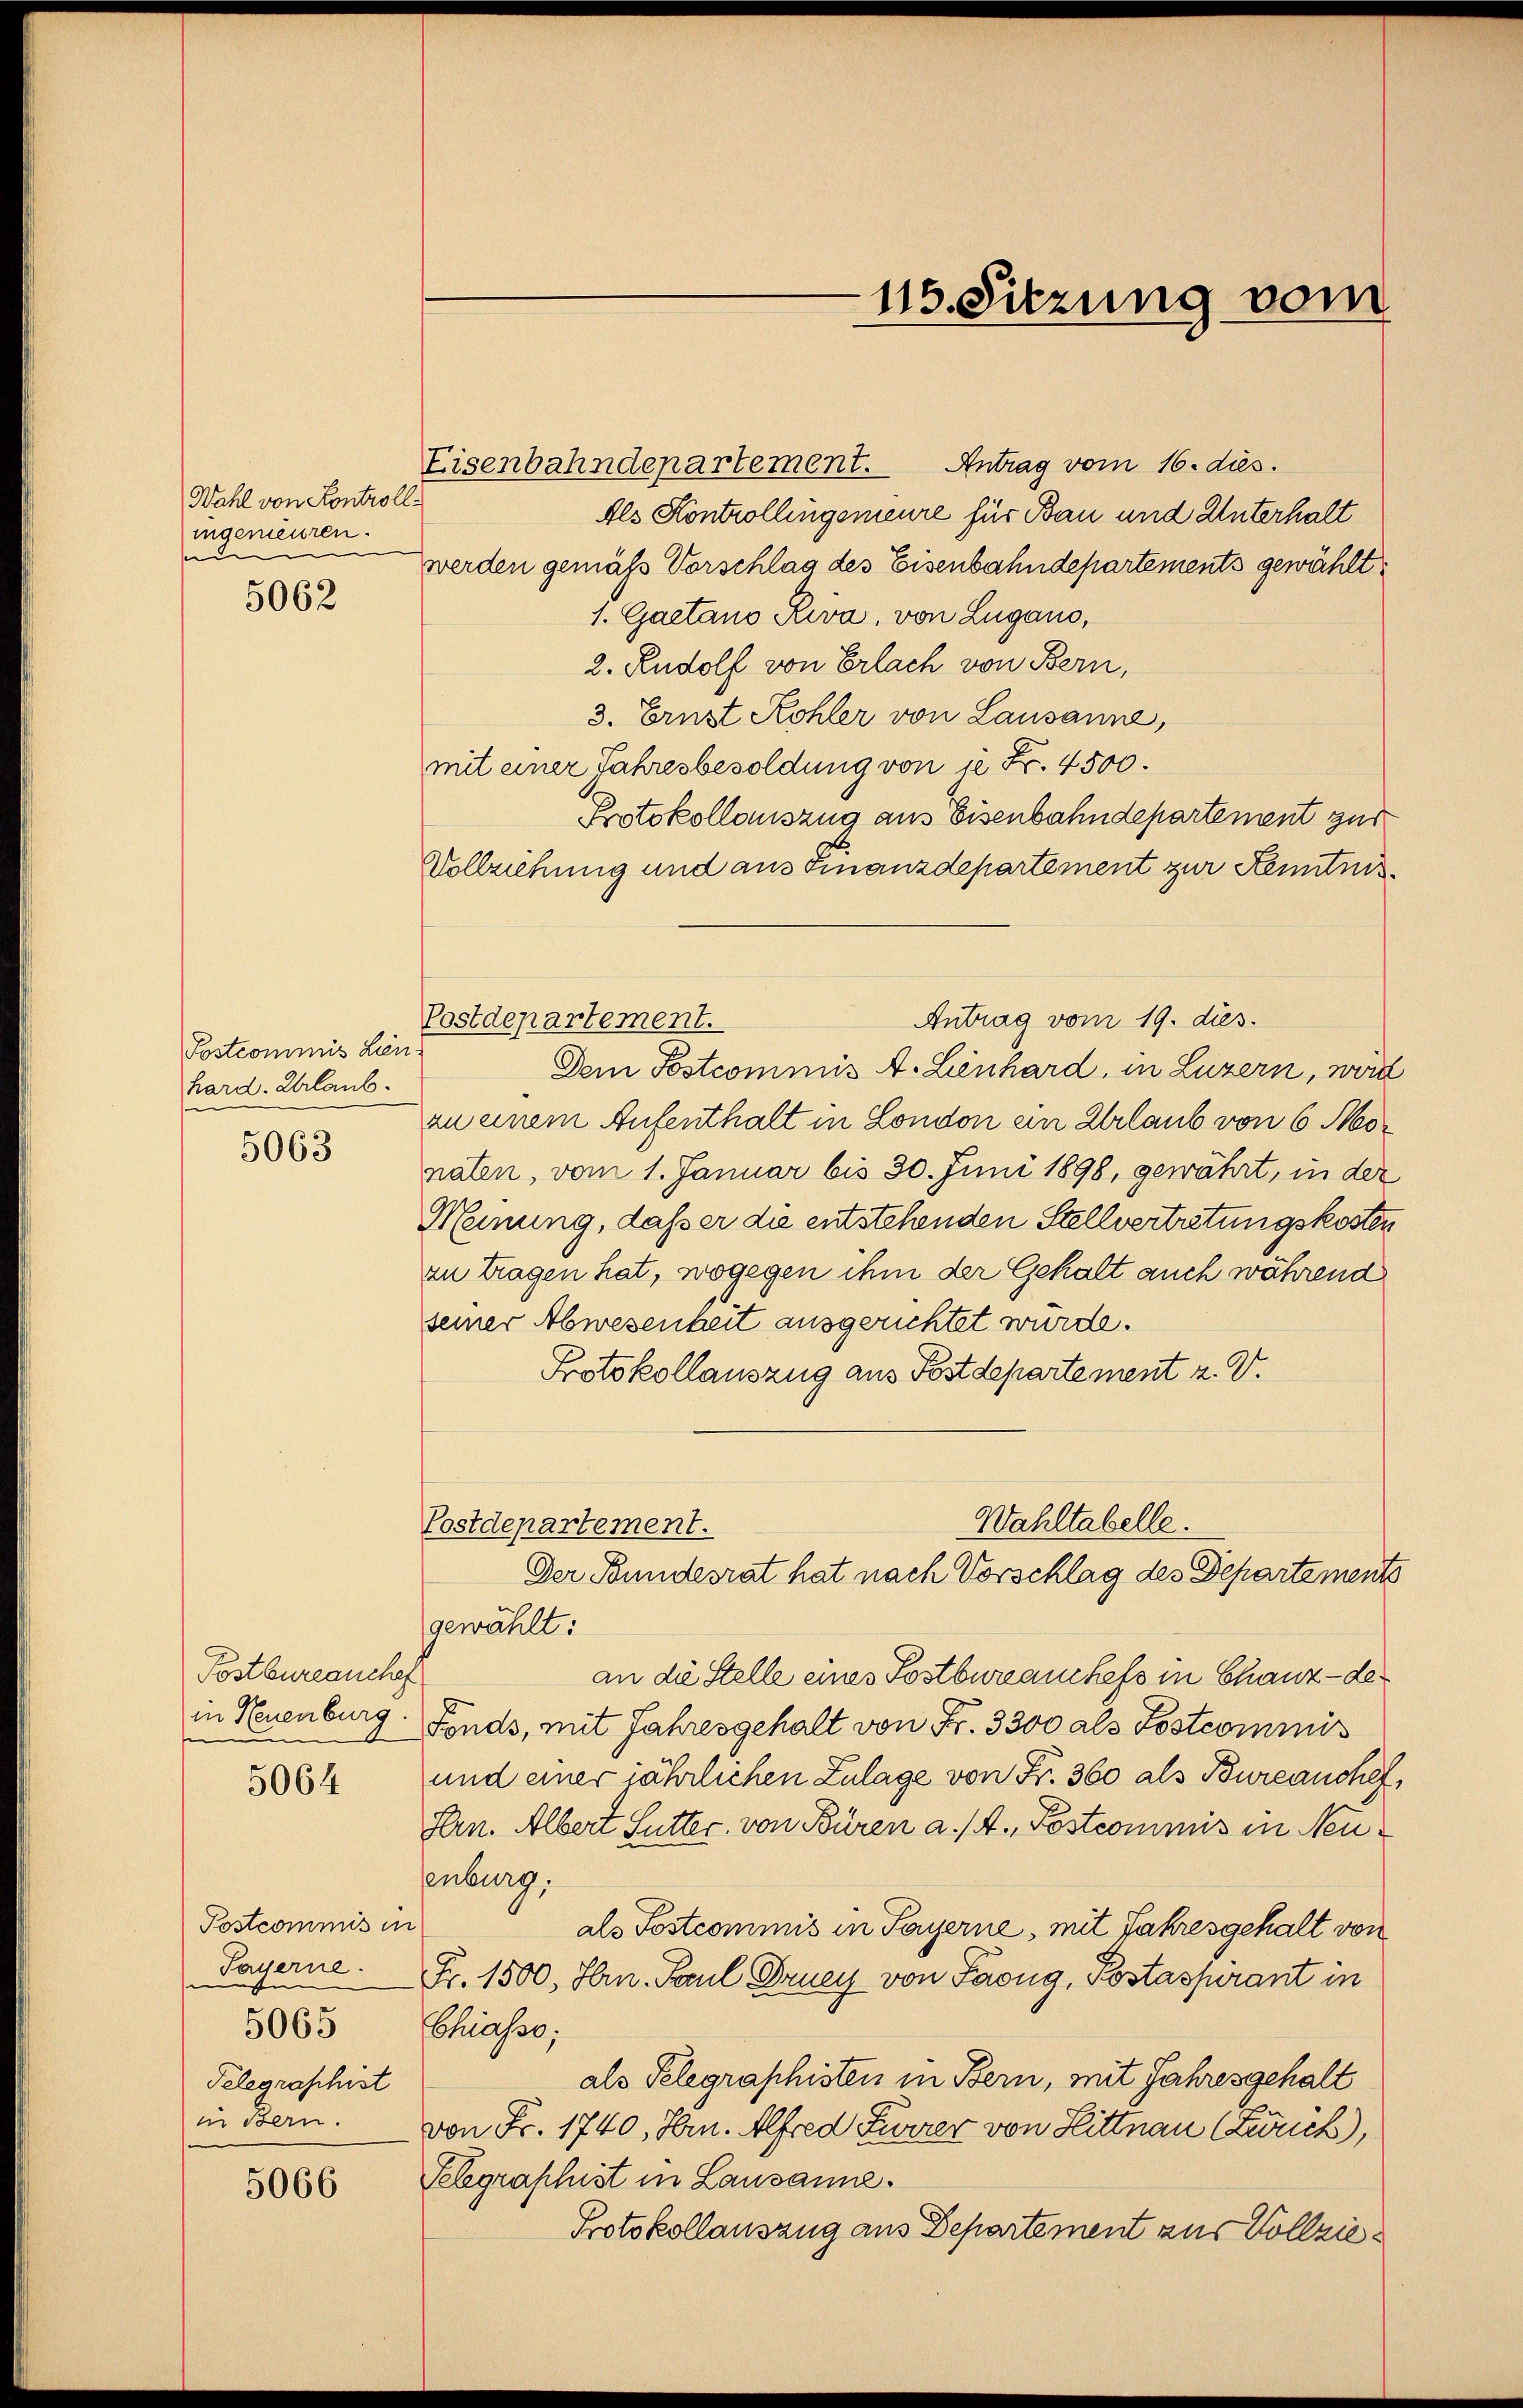
Wahl von Kontroll
ingemeuren.
d

5062

Postcommis Lien
hard. Urlaub.
5063

Postbureauschaf
in Neuenburg

5064

Postcommis
Payerne.
5065
Telegraschist
in Bern.

5066

Eisenbahndepartement. Antrag vom 16. dies.
Als Kontrollingemeure für Bau und Unterhalt
werden gemäß Vorschlag des Eisenbahndepartements gewählt:
1. Gaetano Riva, von Lugano,
2. Rudolf von Erlach von Bern,
3. Ernst Kohler von Lausanne,
mit einer Jahresbesoldung von 12 Fr. 4500.
Protokollauszug aus Eisenbahndepartement zur
Vollziehung und aus Finanzdepartement zur Kenntnis
Antrag vom 19. dies
Postdepartement.
Dem Postcommis A. Lienhard, in Luzern, word
zu einem Aufenthalt in London ein Urlaub von 6 Monaten, vom 1. Januar bis 30. Juni 1898, gewährt, in der
Meinung, daß er die entstehenden Stellvertretungskosten
an tragen hat, wogegen ihm der Gehalt auch während
seiner Abwesenheit ausgerichtet wurde.
Protokollauszug aus Postdepartement z. V.
Wahltabelle.
Postdepartement.
Der Bundesrat hat nach Vorschlag des Departement
gewählt:
an die Stelle eines Postbureauchefs in Chanz - de¬
Fonds, mit Jahresgehalt von Fr. 3300 als Postcommis
und einer jährlichen Zulage von Fr. 360 als Bureauchef,
Hrn. Albert Sutter, von Büren a. (4. Postcommis in Neuenburg,
als Postcommis in Payerne, mit Jahresgehalt von
Fr. 1500, Hrn. Paul Druey von Facug, Postaspirant in
Chiasso;
als Telegraphisten in Bern, mit Jahresgehalt
von Fr. 1740, Hrn. Alfred Furrer von Hittnau (Zwuck),
Telegraphist in Lausanne.
Protokollauszug aus Departement aus Vollzie¬

115. Sitzung vom